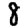
Digit: 8